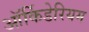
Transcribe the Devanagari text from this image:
ऑर्किडेरियम